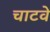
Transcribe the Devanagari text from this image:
चाटवे